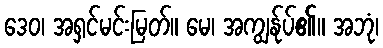
ဒေဝ၊ အရှင်မင်းမြတ်။ မေ၊ အကျွန်ုပ်၏။ အဘုံ၊